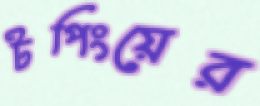
টপিংয়ের